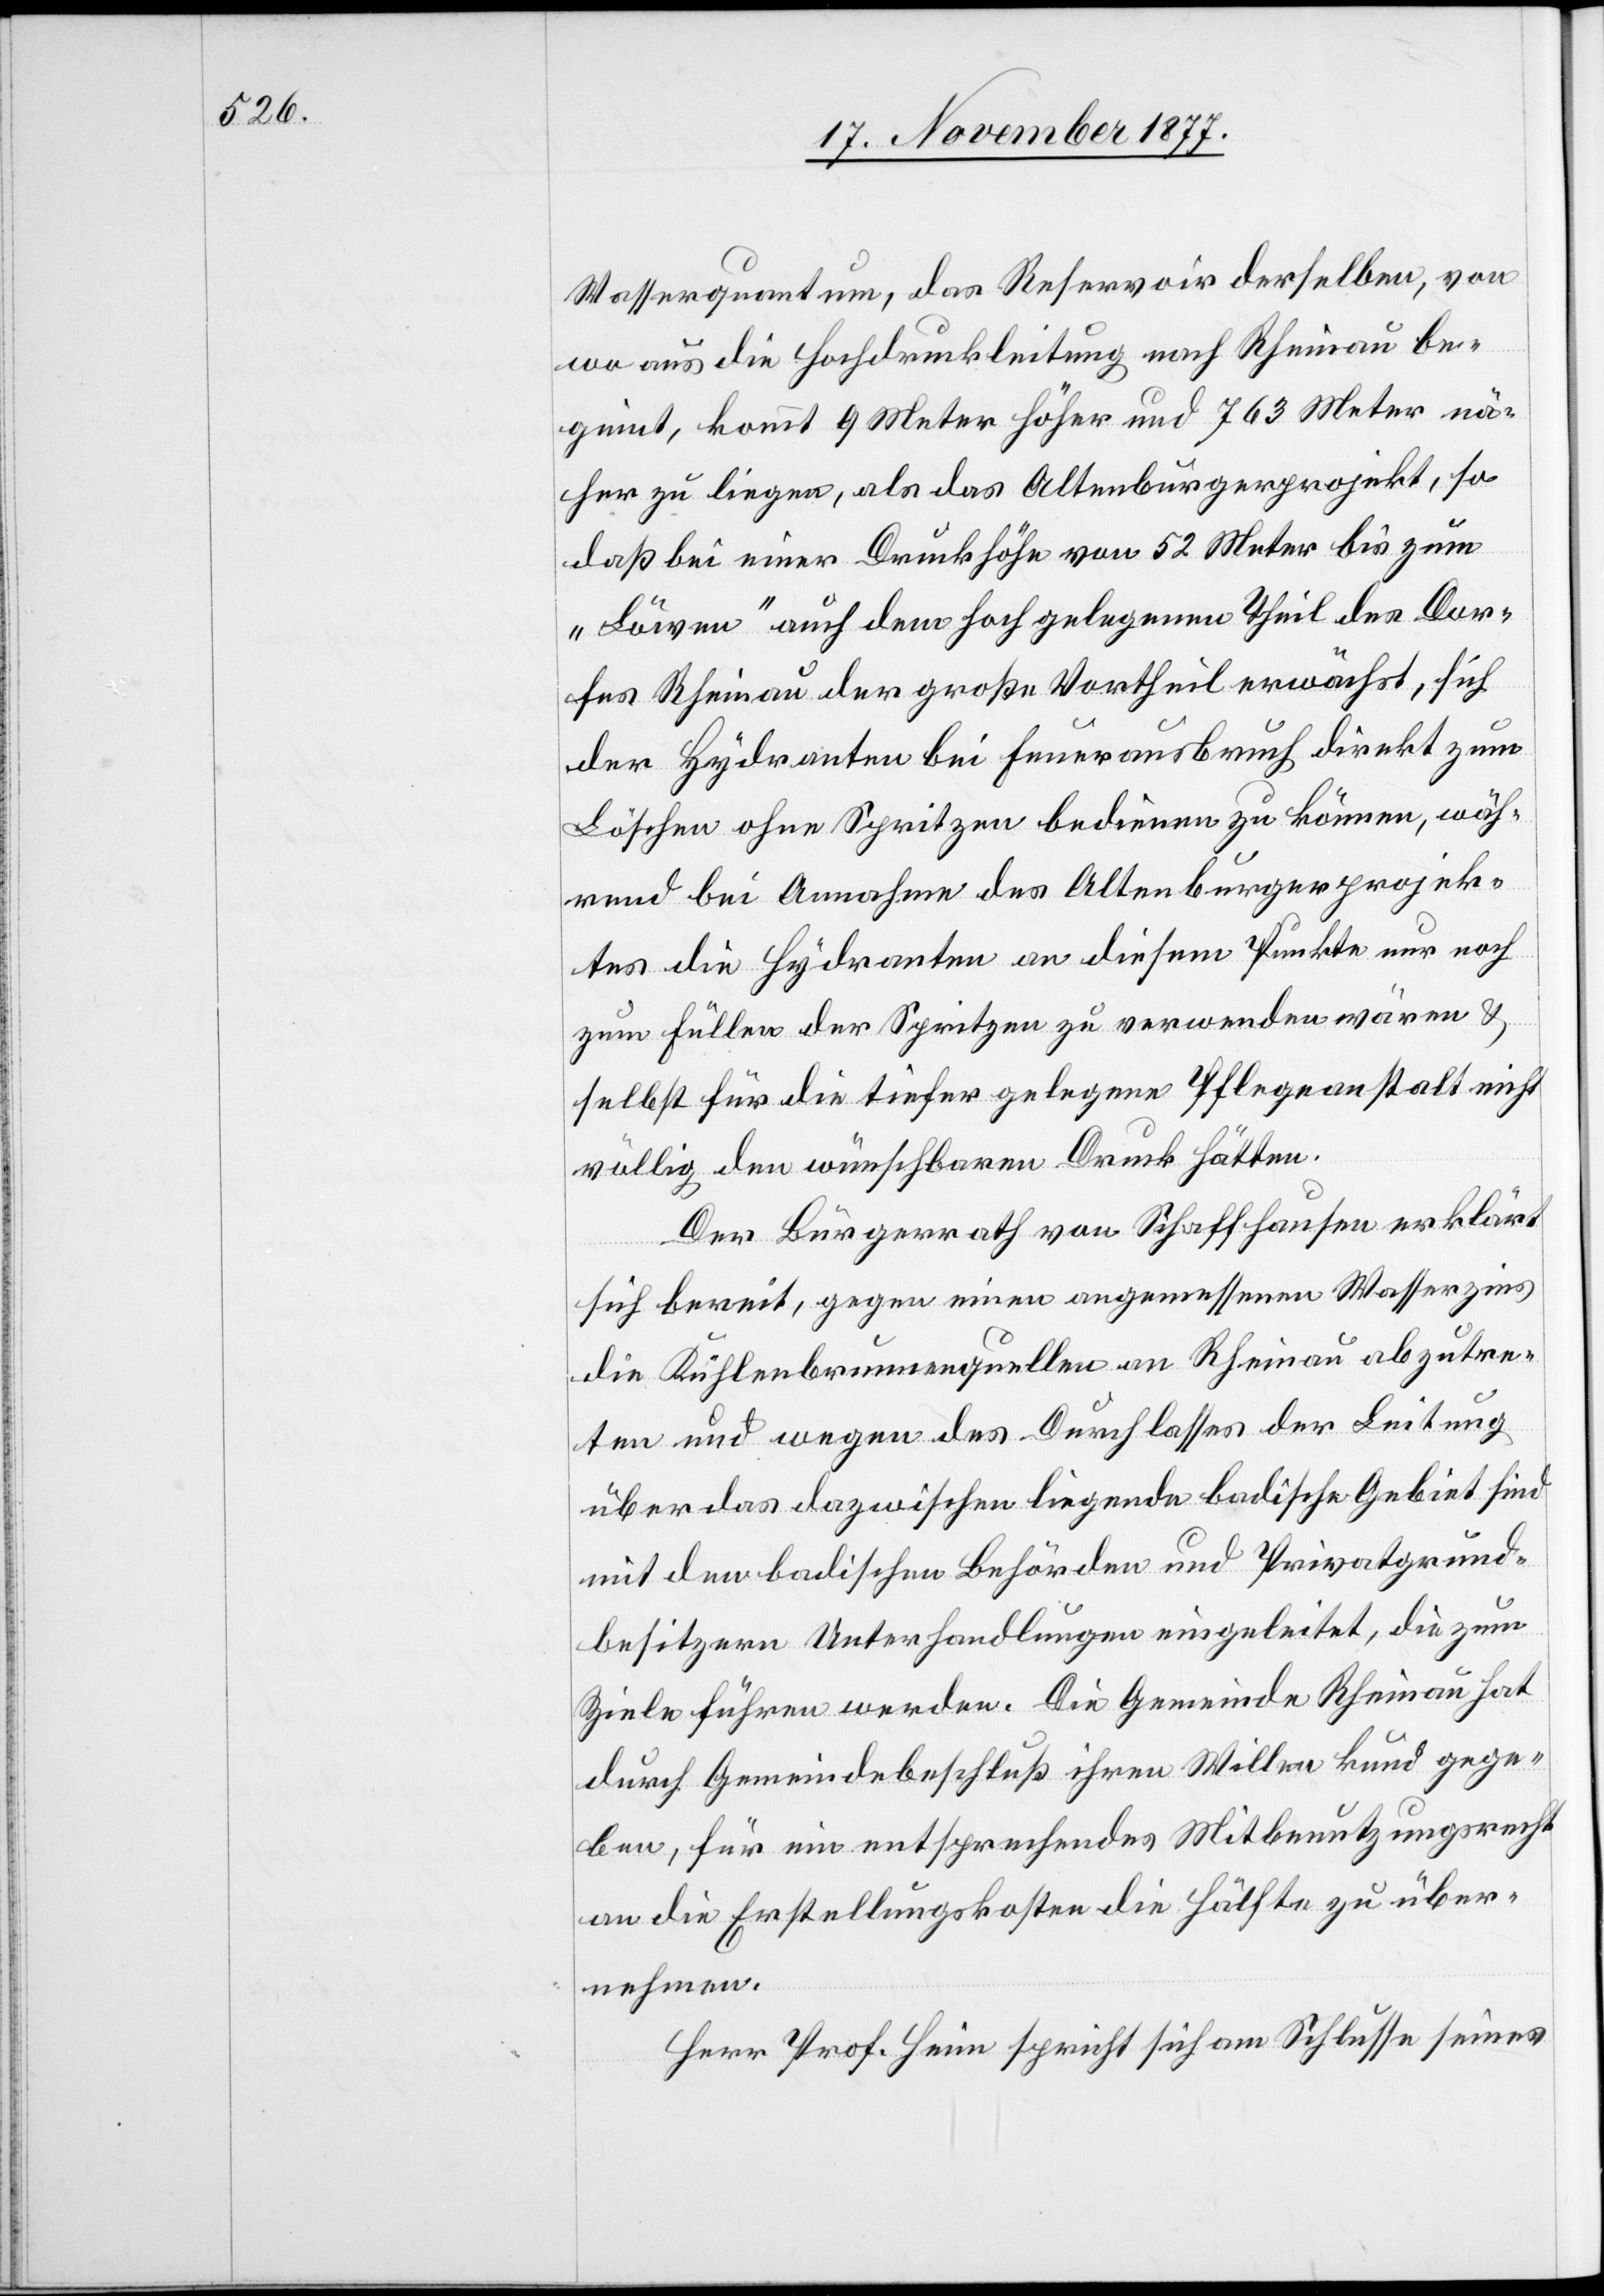
Wasserquantum, das Reservoir derselben, von
wo aus die Hochdruckleitung nach Rheinau be¬
ginnt, kommt 9 Meter höher und 763 Meter nä¬
her zu liegen, als das Altenburgerprojekt, so
daß bei einer Druckhöhe von 52 Meter bis zum
„Löwen“ auch dem hoch gelegenen Theil des Dor¬
fes Rheinau der große Vortheil erwächst, sich
der Hydranten bei Feuerausbruch direkt zum
Löschen ohne Spritzen bedienen zu können, wäh¬
rend bei Annahme des Altenburgerprojek¬
tes die Hydranten an diesem Punkte nur noch
zum Füllen der Spritzen zu verwenden wären &
selbst für die tiefer gelegene Pflegeanstalt nicht
völlig den wünschbaren Druck hätten.
Der Bürgerrath von Schaffhausen erklärt
sich bereit, gegen einen angemessenen Wasserzins
die Kühlenbrunnenquellen an Rheinau abzutre¬
ten und wegen des Durchlasses der Leitung
über das dazwischen liegende badische Gebiet sind
mit den badischen Behörden und Privatgrund¬
besitzern Unterhandlungen eingeleitet, die zum
Ziele führen werden. Die Gemeinde Rheinau hat
durch Gemeindebeschluß ihren Willen kund gege¬
ben, für ein entsprechendes Mitbenutzungsrecht
an die Erstellungskosten die Hälfte zu über¬
nehmen.
Herr Prof. Heim spricht sich am Schlusse seines